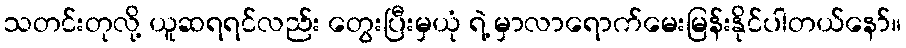
သတင်းတုလို့ ယူဆရရင်လည်း တွေးပြီးမှယုံ ရဲ့ မှာလာရောက်မေးမြန်းနိုင်ပါတယ်နော်။